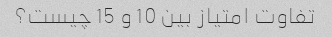
تفاوت امتیاز بین 10 و 15 چیست؟